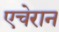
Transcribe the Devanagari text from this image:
एचेरान